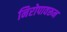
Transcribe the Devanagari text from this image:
निरोपावरून